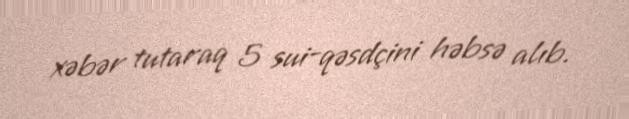
xəbər tutaraq 5 sui-qəsdçini həbsə alıb.